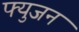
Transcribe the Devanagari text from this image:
फ्युजन